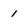
Character: i